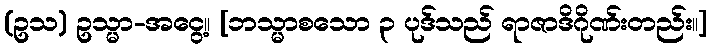
(ဥသ) ဥသ္မာ-အငွေ့။ [ဘသ္မာစသော ၃ ပုဒ်သည် ရာဇာဒိဂိုဏ်းတည်း။]